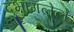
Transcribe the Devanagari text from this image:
दुभागलेले